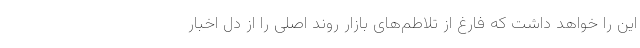
این را خواهد داشت که فارغ از تلاطم‌های بازار روند اصلی را از دل اخبار